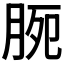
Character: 𣍴